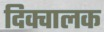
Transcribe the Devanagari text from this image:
दिक्चालक